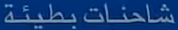
شاحنات-بطيئة